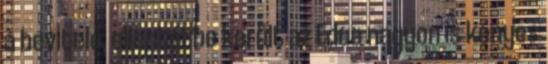
a bevitele, ellentétbe került az Edua nagyon is kényes